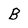
Character: B